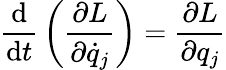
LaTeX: {\frac{\mathrm{d}}{\mathrm{d}t}}\left({\frac{\partial L}{\partial{\dot{q}}_{j}}}\right)={\frac{\partial L}{\partial q_{j}}}